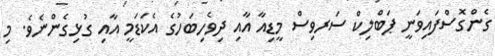
ގެންގޮސްފައިވަނީ ޕަބްލިކް ސަރވިސް މީޑިއާ އާއި ދިވެހިބަހުގެ އެކަޑަމީ އާއި ގުޅިގެންނެވެ. މި